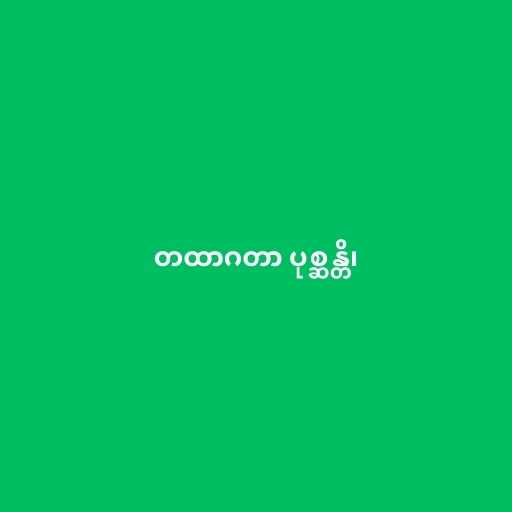
တထာဂတာ ပုစ္ဆန္တိ၊